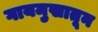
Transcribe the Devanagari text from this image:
गायमुखातून